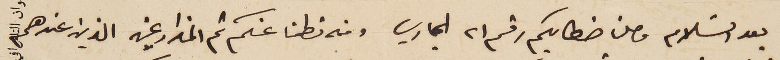
بعد السَلام وصلنا خطابكم رقم ٢١ الجاري ومنه تطمنا عنكم ثم المزارعين الذين  عندهم